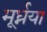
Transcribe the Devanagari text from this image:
मूर्ध्नया